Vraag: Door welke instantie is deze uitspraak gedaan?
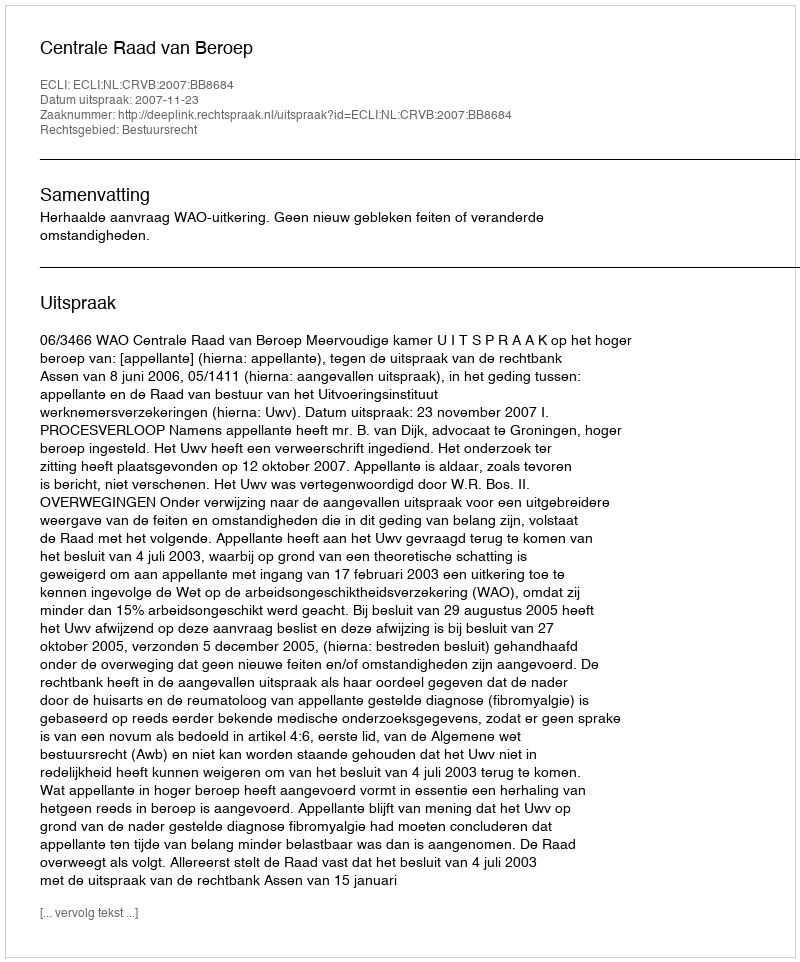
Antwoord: Centrale Raad van Beroep